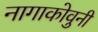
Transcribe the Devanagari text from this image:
नागाकोवुनी